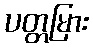
ပတ္တမြား